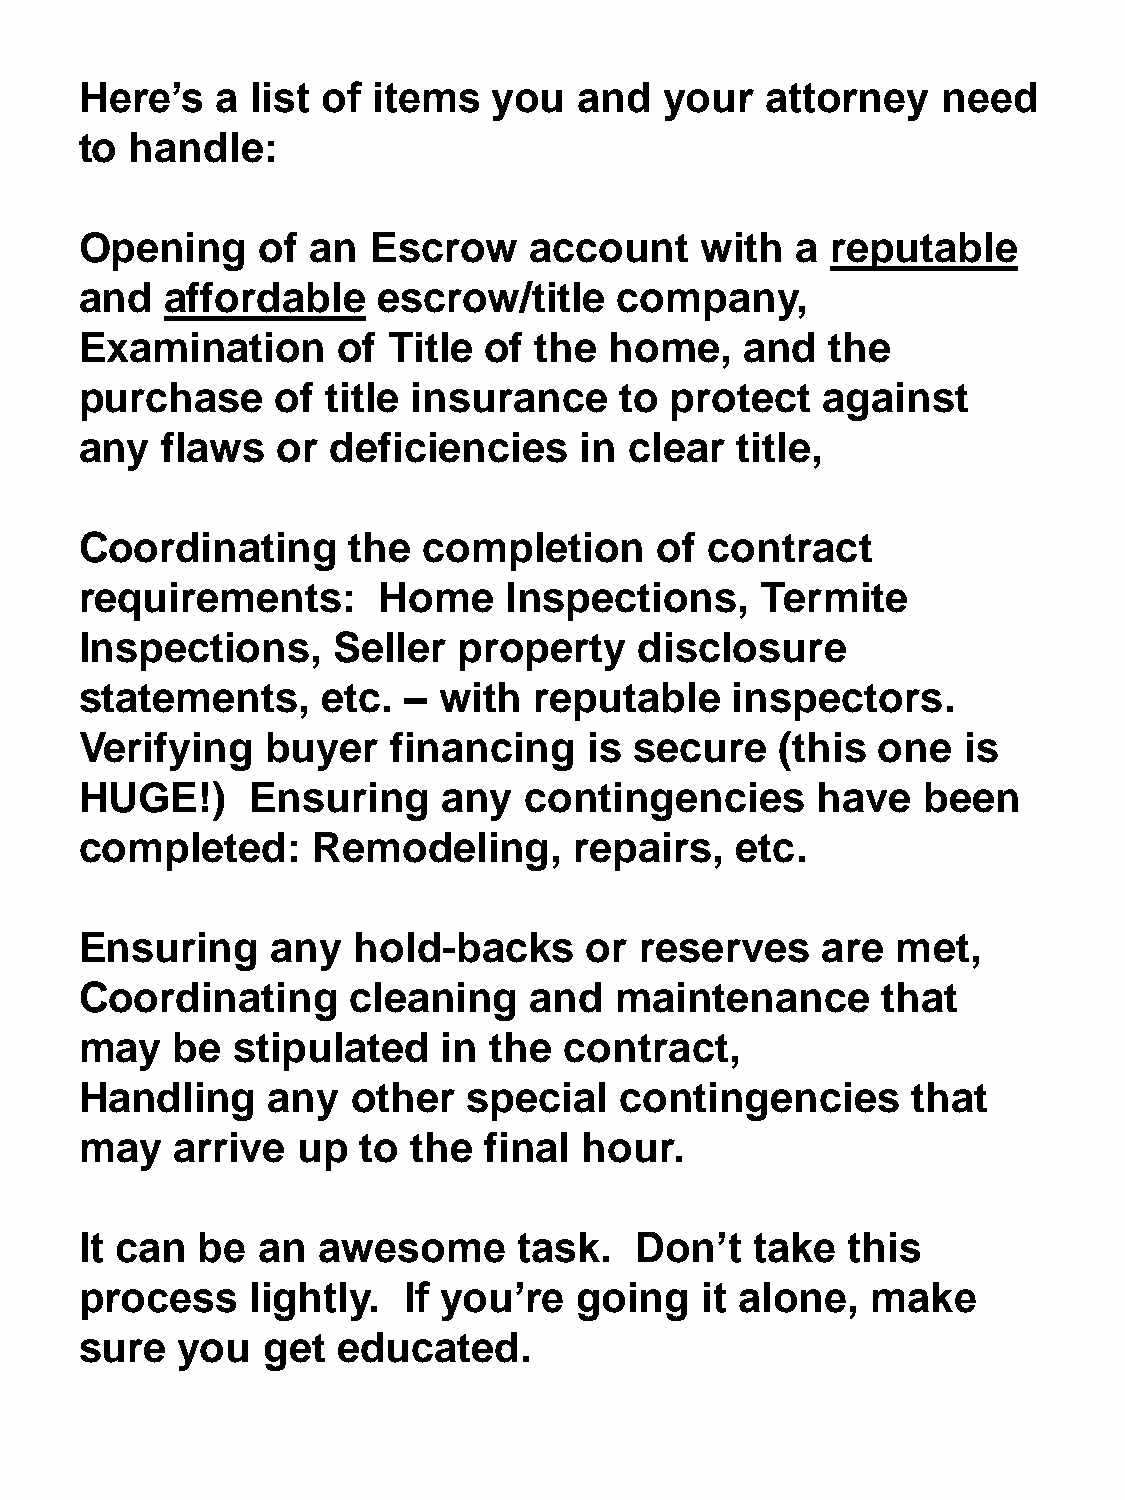
Here’s   a  list of items   you  and   your   attorney   need
 to  handle:
 Opening     of  an  Escrow    account    with   a reputable
 and   affordable    escrow/title    company,
 Examination      of  Title of the  home,    and   the
 purchase     of  title insurance    to protect   against
 any   flaws  or  deficiencies    in  clear  title,
 Coordinating      the  completion     of  contract
 requirements:       Home     Inspections,    Termite
 Inspections,     Seller  property    disclosure
 statements,     etc.  – with  reputable    inspectors.
 Verifying    buyer   financing    is secure    (this one   is
 HUGE!)      Ensuring    any   contingencies      have   been
 completed:      Remodeling,      repairs,   etc.
 Ensuring     any  hold-backs      or reserves    are  met,
 Coordinating      cleaning    and   maintenance      that
 may   be  stipulated    in the  contract,
 Handling     any  other   special   contingencies      that
 may   arrive   up  to the  final  hour.
 It can  be  an  awesome      task.   Don’t   take  this
 process     lightly.  If you’re  going   it alone,   make
 sure   you  get  educated.